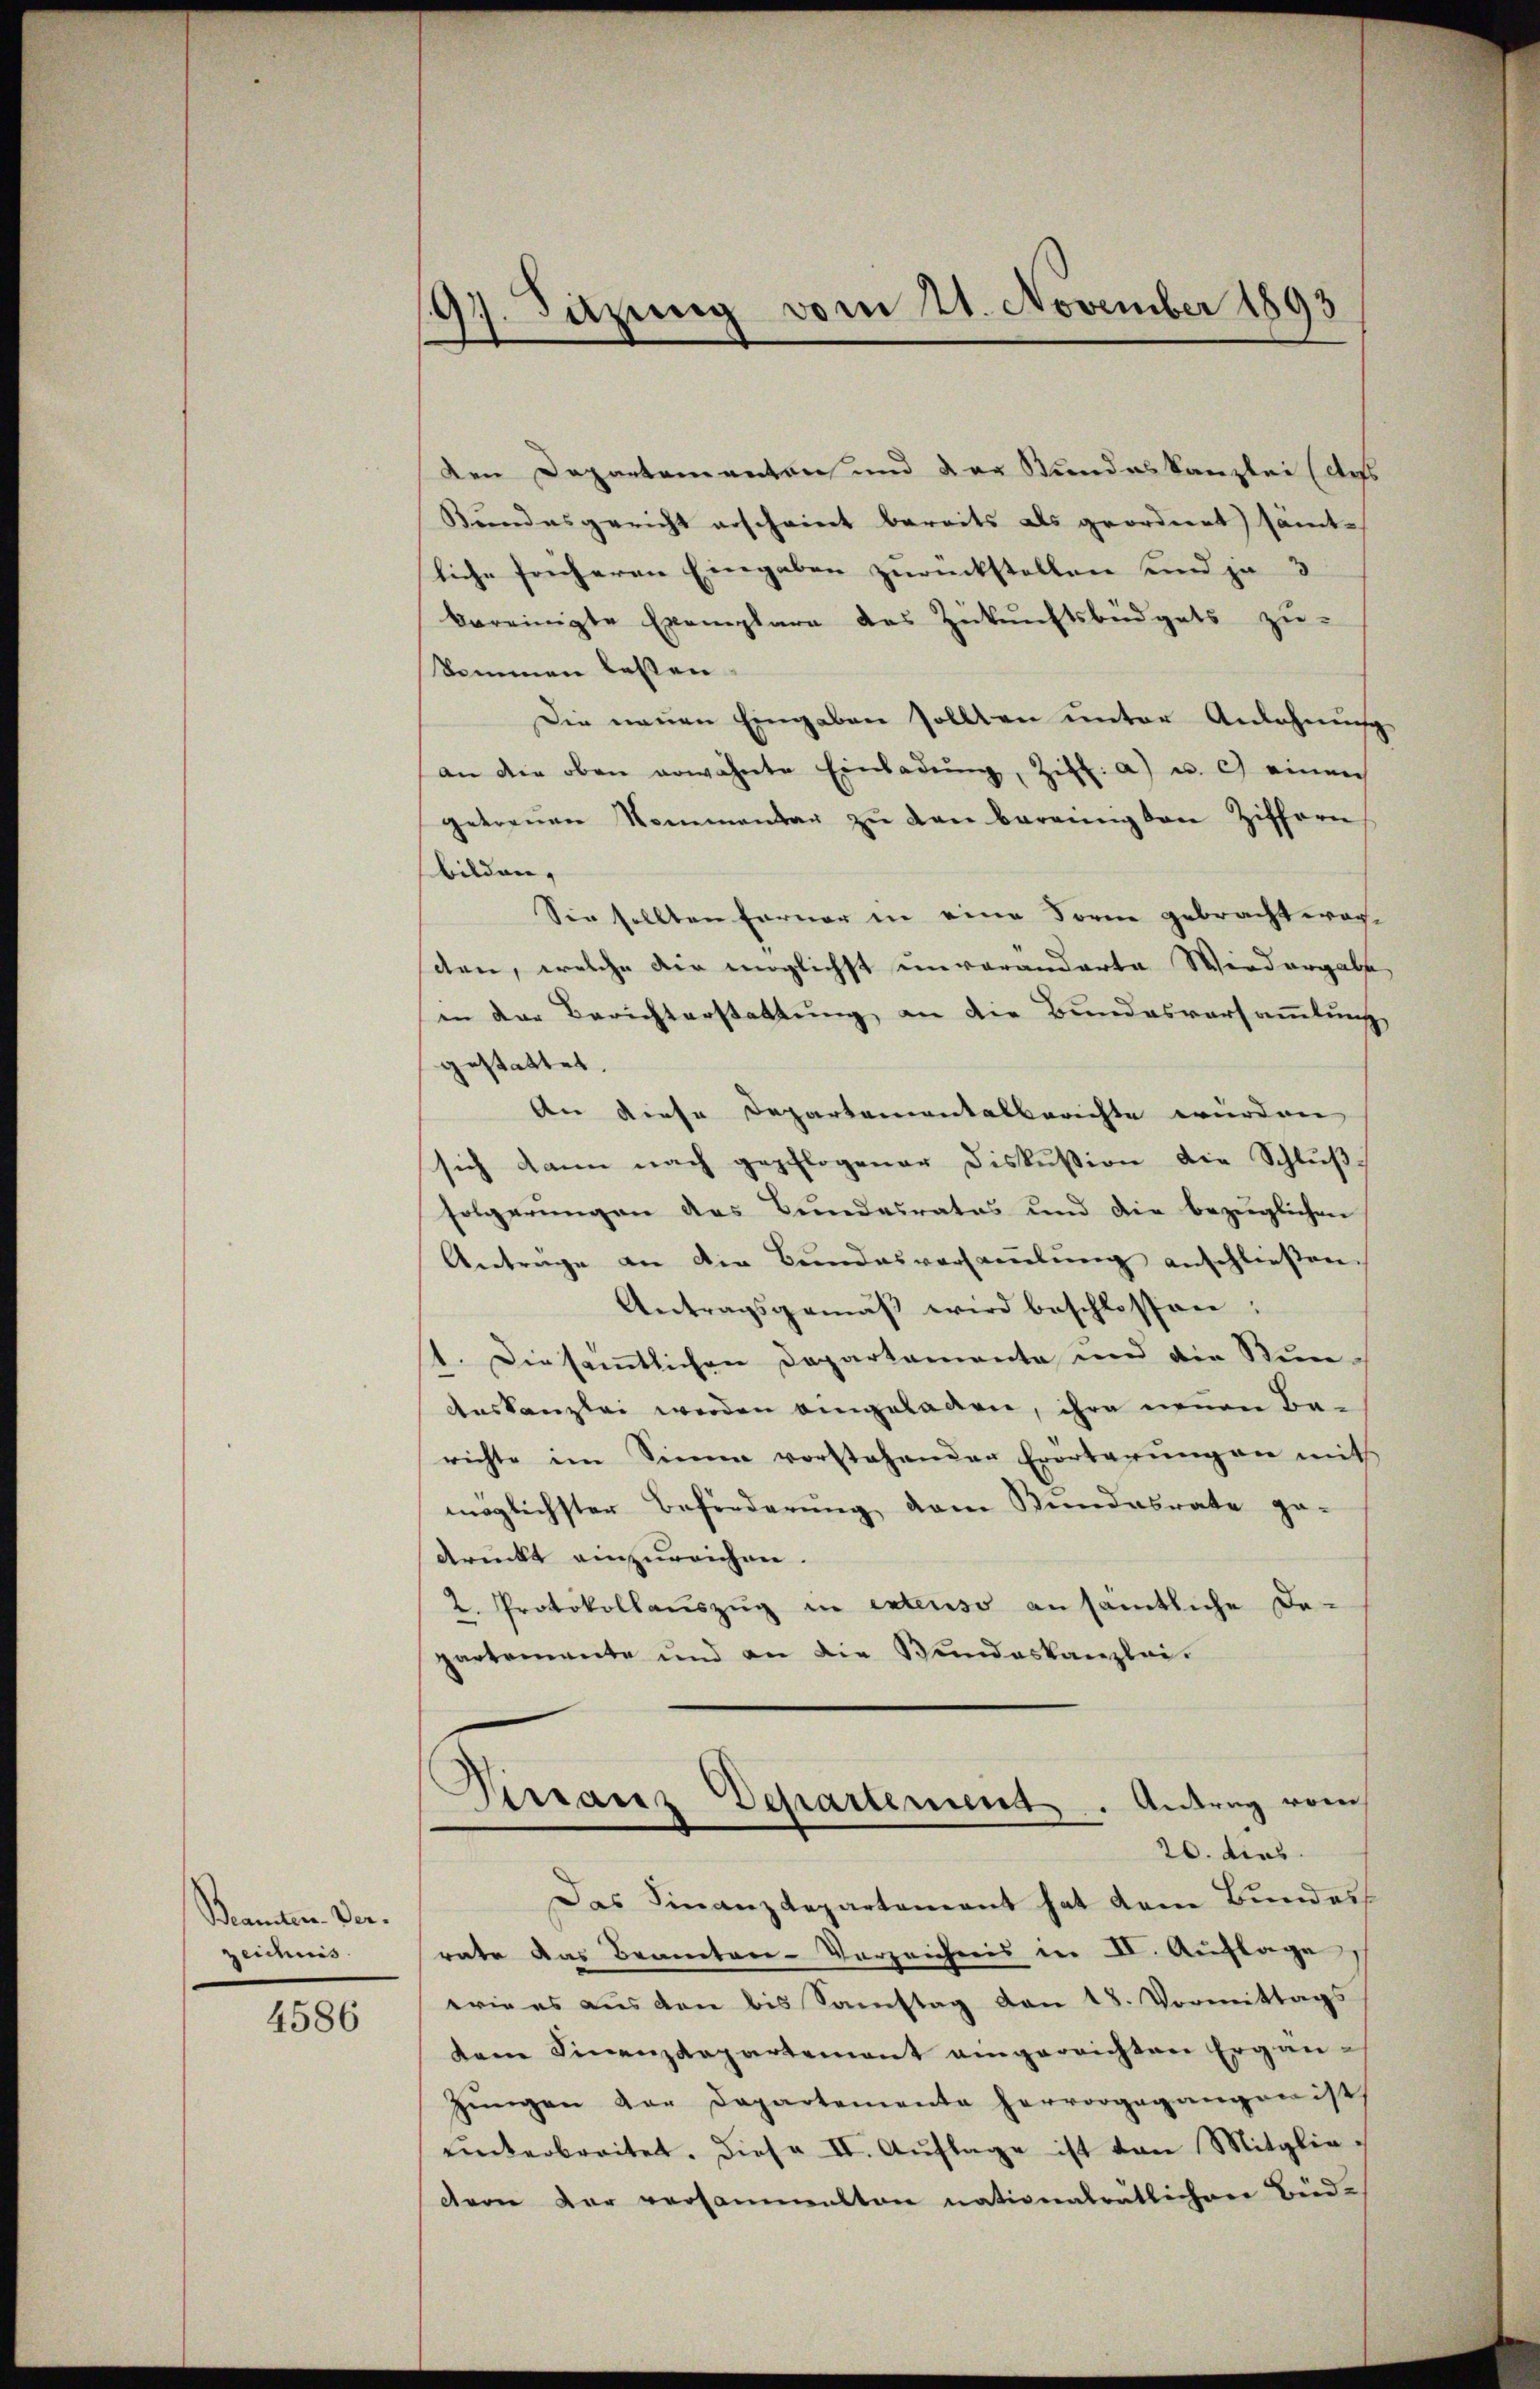
Beamten Verzeichnis

4586

197. Sitzung vom 21. November 1893

Virranz Departement. Antrag vom
20. dies

den Departementen und der Stundeskanzlei (des
Bundesgericht erscheint bereits als geordnet) sämtliche foncheren Eingaben zurückstellen und je 3
bereinigte Exemplare des Zukunftsbüdgets zu-
kommen lassen.
Die neuen Eingaben sollten unter Anlehnung
an die oben erwähnte Einladŭng, Ziel: a) u. c. einen
getreuen Nommentag zŭ den bereinigten Ziffern
bilden,
Sie sollten Ferner in eine Forne gebracht worden, welche die möglichst unvorandarte Wiedergabe,
in der Berichterstattung an die Bundesvorsammlung
gestattet
An diese Departementalberichte würden
sich dann nach gepflogener Diskussion die Schluß
folgerŭngen des Bŭndesrates und die bezüglichen
Antrage an die Bŭndesversaṁlŭng anschließen.
Antragsgemäβ wird beschlossen;
1. Diesamtlichen Departamente und die Stun¬
Auskanzlei werden eingeladen, ihre neuen Berichte im Sinna vorstehenden Erörterŭngen mit
möglichster Beförderung vom Bundesrate ge-
druckt einzureichen.
2. Protokollauszug in extenso ansämtliche De-
partemente und an die Bundeskanzlei-

Das Finanzdepartement hat dem Bundes
rate das Beamten-Verzeichnis in IV. Auflage
wie es aus den bis Samstag den 18. Vormittags
dem Finanzdepartement eingereichten Ergän-
Zŭngen der Departemente hervorgegangen ist.
uinterbreitet. Diese II. Aŭflage ist von Mitgliectern dar versammelten nativenalrätlichen Bud-